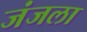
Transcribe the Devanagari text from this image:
जंजला